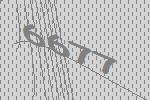
6677